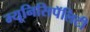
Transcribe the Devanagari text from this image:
म्यूनिसिपॅलिटी